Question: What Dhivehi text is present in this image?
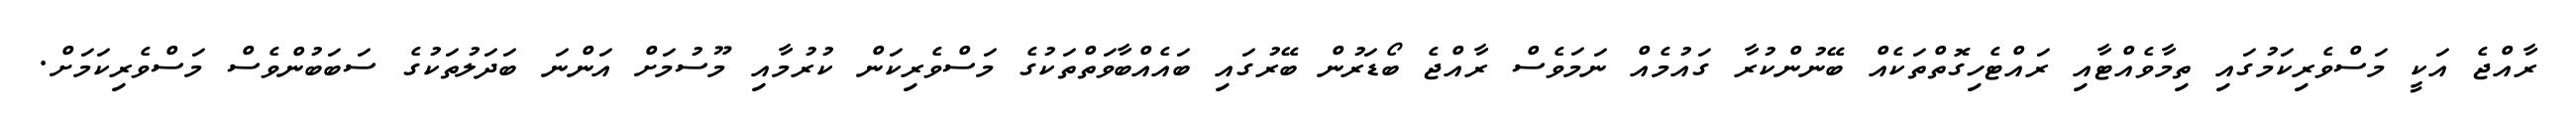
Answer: ރާއްޖެ އަކީ މަސްވެރިކަމުގައި ތިމާވެއްޓާއި ރައްޓެހިގޮތްތަކެއް ބޭނުންކުރާ ގައުމެއް ނަމަވެސް ރާއްޖެ ބޯޑަރުން ބޭރުގައި ބައެއްބާވަތްތަކުގެ މަސްވެރިކަން ކުރުމާއި މޫސުމަށް އަންނަ ބަދަލުތަކުގެ ސަބަބުންވެސް މަސްވެރިކަމަށް.